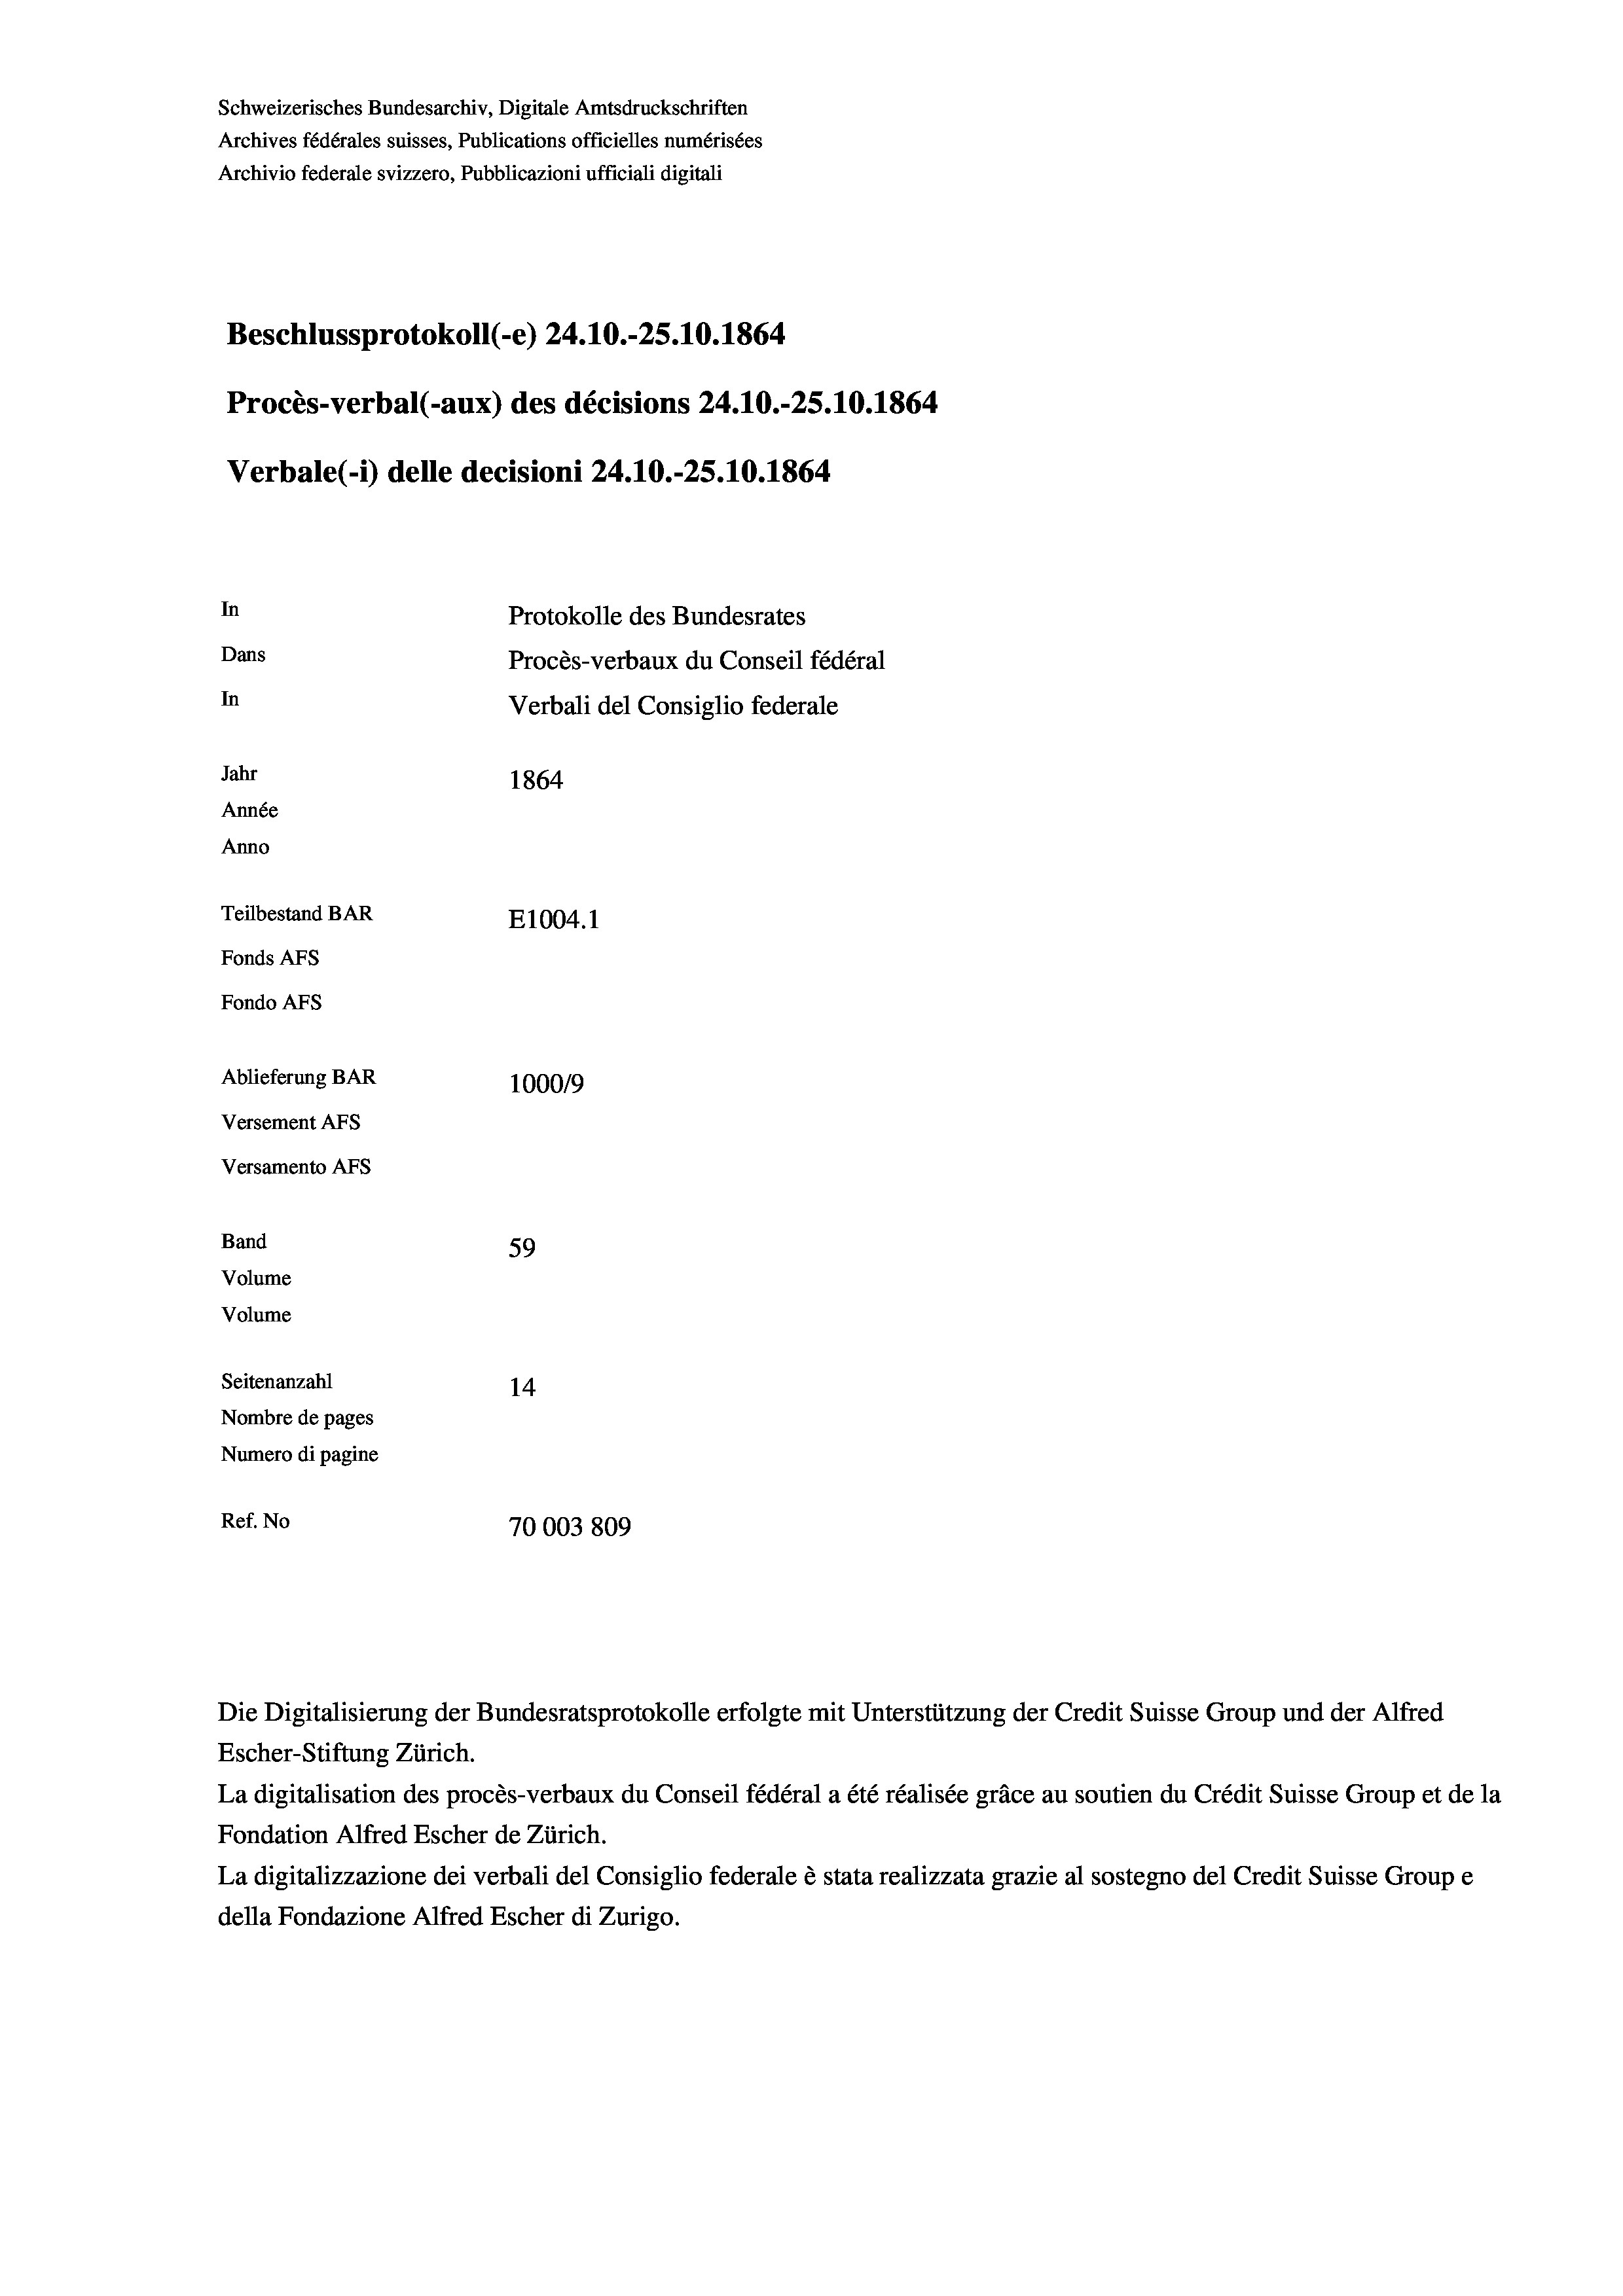
Schweizerisches Bundesarchiv, Digitale Amtsdruckschriften
Archives fédérales suisses, Publications officielles numérisées
Archivio federale svizzero, Pubblicazioni ufficiali digitali
Beschlussprotokoll (-e) 24.10.-25.10.1864
Procès-verbal (-aux) des décisions 24.10.-25.10.1864
Verbale(1) delle decisioni 24.10.-25.10.1864
In
Protokolle des Bundesrates
Dans
Procès-verbaux du Conseil fédéral
In
Verbali del Consiglio federale
Jahr
1864
Année
Anno
Teilbestand BAR
E1004. 1
Fonds AFs
Fondo Afs
Ablieferung BAR
1000/9
Versement AFs
Versamento Afs
Band
59
Volume
Volume

Seitenanzahl
14
Nombre de pages
Numero di pagine
Ref. No
70003809

Escher-Stiftung Zürich.
La digitalisation des procès-verbaux du Conseil fédéral a été réalisée gräce au soutien du Crédit Suisse Group et de la
Fondation Alfred Escher de Zürich.
La digitalizzazione dei verbali del Consiglio federale è stata realizzata grazie al sostegno del Credit Suisse Groupe
della Fondazione Alfred Escher di Zurigo.

Die Digitalisierung der Bundesratsprotokolle erfolgte mit Unterstützung der Credit Suisse Group und der Alfred